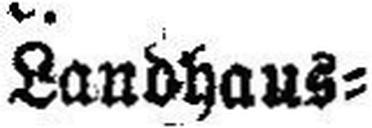
Landhaus¬